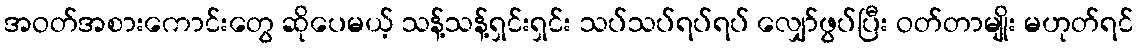
အဝတ်အစားကောင်းတွေ ဆိုပေမယ့် သန့်သန့်ရှင်းရှင်း သပ်သပ်ရပ်ရပ် လျှော်ဖွပ်ပြီး ဝတ်တာမျိုး မဟုတ်ရင်